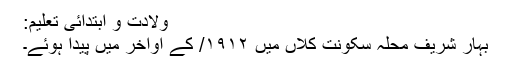
ولادت و ابتدائی تعلیم:
بہار شریف محلہ سکونت کلاں میں ۱۹۱۲/ کے اواخر میں پیدا ہوئے۔